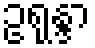
ဥရုန္ဒာ